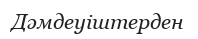
Дәмдеуіштерден